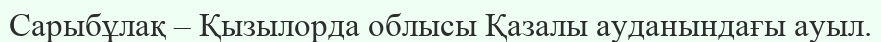
Сарыбұлақ – Қызылорда облысы Қазалы ауданындағы ауыл.